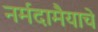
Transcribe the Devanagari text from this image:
नर्मदामैयाचे